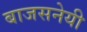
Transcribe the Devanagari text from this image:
बाजसनेयी